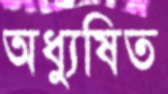
অধ্যুষিত